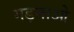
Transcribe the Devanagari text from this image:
गड़नाओ